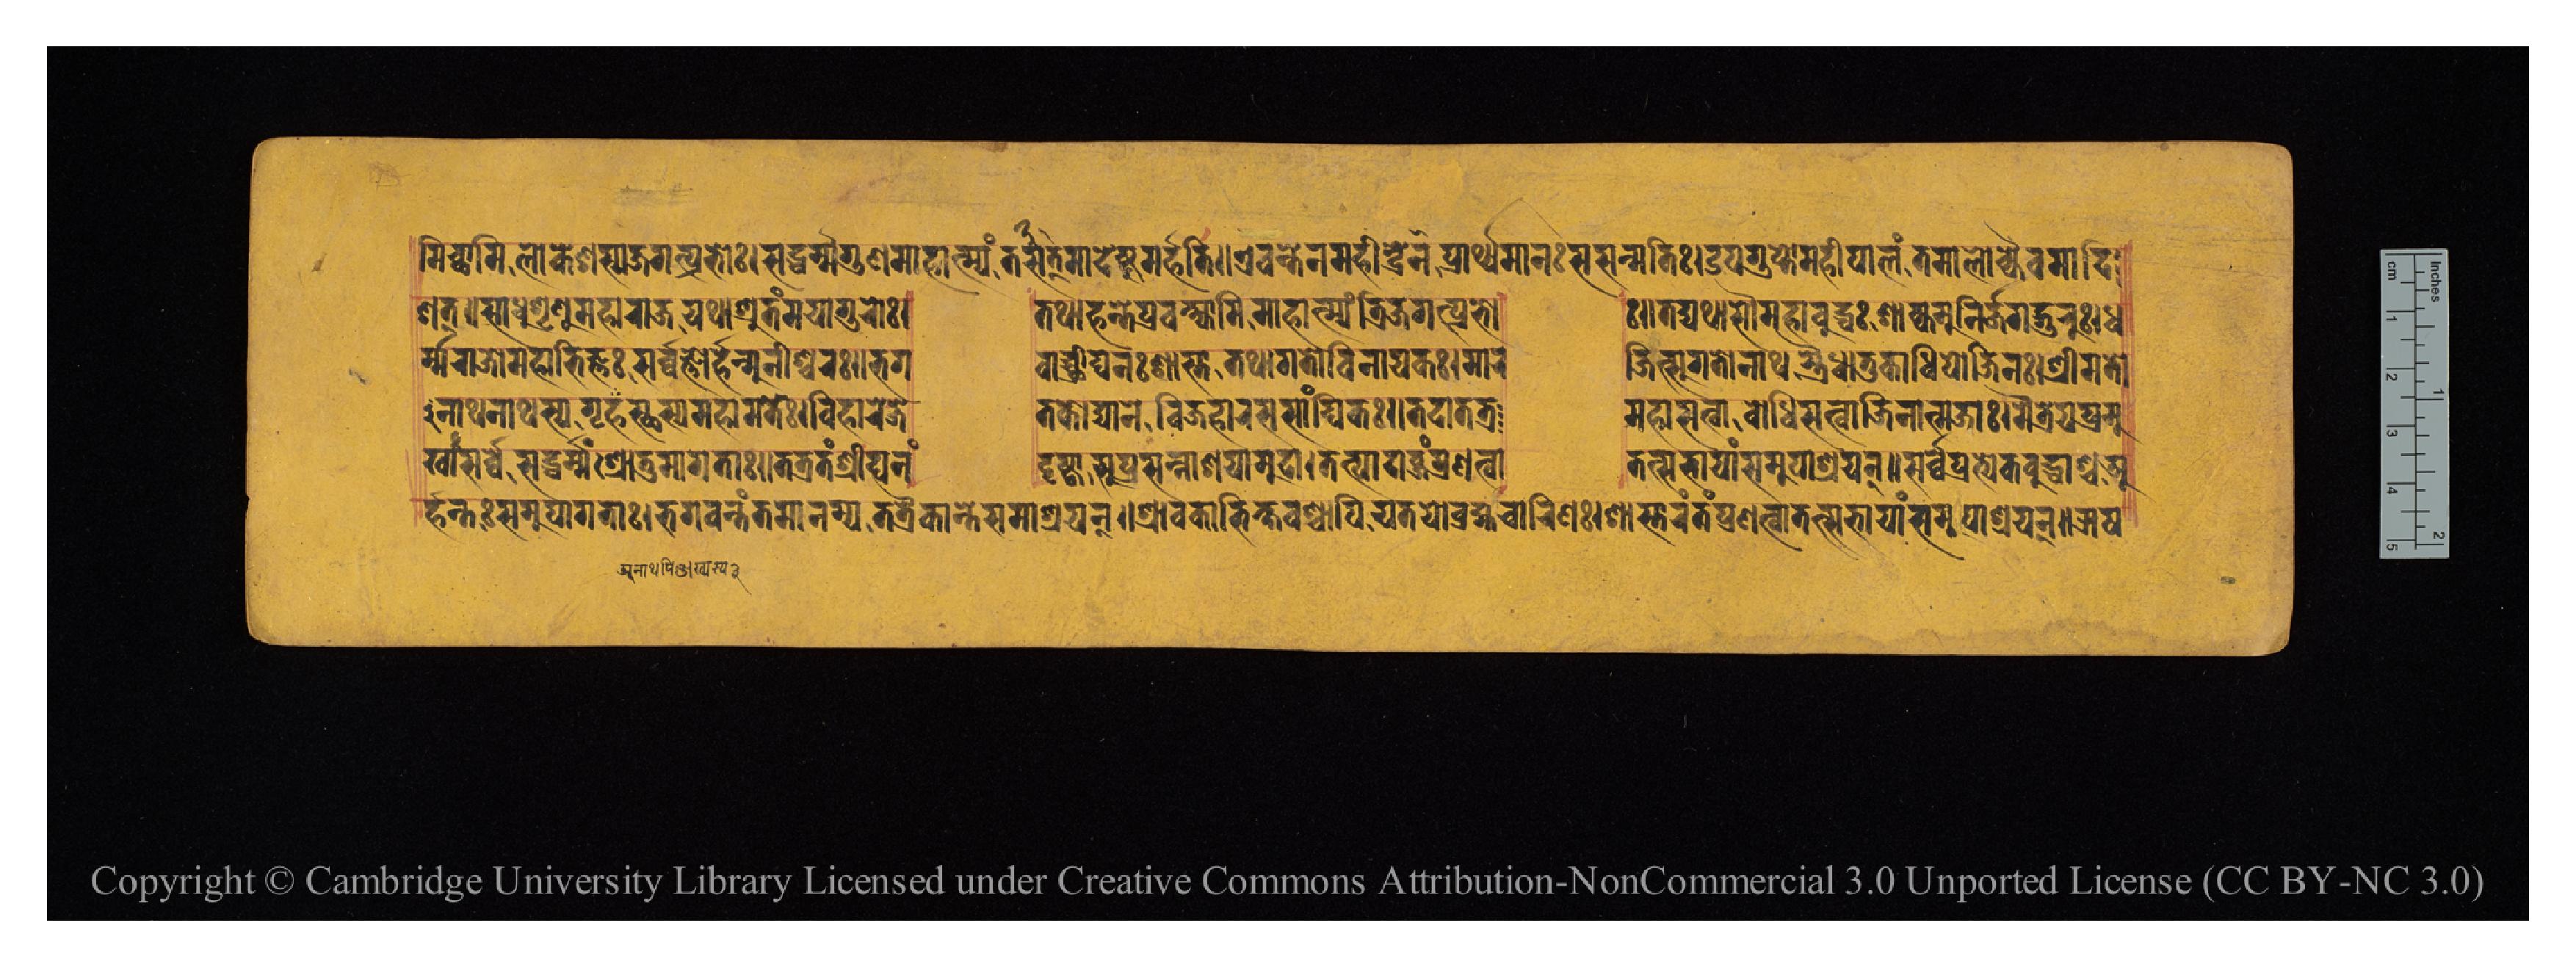
𑐩𑐶𑐔𑑂𑐕𑐵𑐩𑐶𑐮𑑀𑐎𑐾𑐱𑐳𑑂𑐫𑐖𑐐𑐟𑑂𑐥𑑂𑐬𑐨𑑀𑑅𑑋𑐳𑐡𑑂𑐢𑐬𑑂𑐩𑑂𑐩𑐐𑐸𑐞𑐩𑐵𑐴𑐵𑐟𑑂𑐩𑑂𑐫𑑄𑐟𑐟𑑂𑐳𑐩𑐵𑐡𑐾𑐲𑑂𑐟𑐸𑐩𑐬𑑂𑐴𑐟𑐶𑑌𑐊𑐰𑑄𑐟𑐾𑐣𑐩𑐴𑐷𑐣𑑂𑐡𑑂𑐬𑐾𑐞𑐥𑑂𑐬𑐵𑐬𑑂𑐠𑑂𑐫𑐩𑐵𑐣𑑅𑐳𑐳𑐣𑑂𑐩𑐟𑐶𑑅𑑋𑐄𑐥𑐐𑐸𑐥𑑂𑐟𑑀𑐩𑐴𑐷𑐥𑐵𑐮𑑄𑐟𑐩𑐵𑐮𑑀𑐎𑑂𑐫𑐿𑐰𑐩𑐵𑐡𑐶 𑐱𑐟𑑂𑑌𑐳𑐵𑐢𑐸𑐱𑐺𑐞𑐸𑐩𑐴𑐵𑐬𑐵𑐖𑐫𑐠𑐵𑐱𑐺𑐟𑑄𑐩𑐫𑐵𑐐𑐸𑐬𑑀𑑅𑑋  𑐟𑐠𑐵𑐴𑑄𑐟𑐾𑐥𑑂𑐬𑐰𑐎𑑂𑐲𑑂𑐫𑐵𑐩𑐶𑐩𑐵𑐴𑐵𑐟𑑂𑐩𑑂𑐫𑑄𑐟𑑂𑐬𑐶𑐖𑐐𑐥𑑂𑐬𑐨𑑀  𑑅𑑋𑐟𑐡𑑂𑐫𑐠𑐵𑐳𑑁𑐩𑐴𑐵𑐧𑐸𑐡𑑂𑐢𑑅𑐱𑐵𑐎𑑂𑐫𑐩𑐸𑐣𑐶𑐬𑑂𑐖𑐐𑐡𑑂𑐐𑐸𑐬𑐸𑑅𑑋𑐢 𑐬𑑂𑐩𑑂𑐩𑐬𑐵𑐖𑑀𑐩𑐴𑐵𑐨𑐶𑐖𑑂𑐘𑑅𑐳𑐬𑑂𑐰𑑂𑐰𑐖𑑂𑐘𑑀𑐬𑑂𑐴𑐣𑑂𑐩𑐸𑐣𑐷𑐱𑑂𑐰𑐬𑑅𑑌𑐨𑐐  𑐰𑐵𑐘𑑂𑐕𑑂𑐬𑐷𑐑𑐣𑑅𑐱𑐵𑐳𑑂𑐟𑐵𑐟𑐠𑐵𑐐𑐟𑑀𑐰𑐶𑐣𑐵𑐫𑐎𑑅𑑋𑐩𑐵𑐬  𑐖𑐶𑐟𑑂𑐳𑐸𑐐𑐟𑑀𑐣𑐵𑐠𑐫𑐿𑐢𑐵𑐟𑐸𑐎𑐵𑐢𑐶𑐥𑑀𑐖𑐶𑐣𑑅𑑋𑐱𑑂𑐬𑐷𑐩𑐟𑑀 𑐣𑐵𑐠𑐣𑐵𑐠𑐳𑑂𑐫𑐐𑐺𑐴𑐳𑑂𑐠𑐳𑑂𑐫𑐩𑐴𑐵𑐩𑐟𑐾𑑅𑑋𑐰𑐶𑐴𑐵𑐬𑐾𑐖𑐾   𑐟𑐎𑑀𑐢𑑂𑐫𑐵𑐣𑐾𑐰𑐶𑐖𑐴𑐵𑐬𑐳𑐳𑐵𑑄𑐑𑐶𑐎𑑅𑑋𑐟𑐡𑐵𑐟𑐟𑑂𑐬  𑐩𑐴𑐵𑐳𑐟𑑂𑐰𑐵𑐧𑑀𑐢𑐶𑐌𑐳𑐟𑑂𑐰𑐵𑐖𑐶𑐣𑐵𑐟𑑂𑐩𑐖𑐵𑑅𑑋𑐩𑐿𑐟𑑂𑐬𑐾𑐫𑐥𑑂𑐬𑐩𑐸 𑐏𑐵𑐳𑐬𑑂𑐰𑑂𑐰𑐾𑐳𑐡𑑂𑐢𑐬𑑂𑐩𑑂𑐩𑑄𑐱𑑂𑐬𑑀𑐟𑐸𑐩𑐵𑐐𑐟𑐵𑑅𑑋𑐟𑐟𑑂𑐬𑐟𑑄𑐱𑑂𑐬𑐷𑐑𑐣𑑄  𑐡𑐺𑐲𑑂𑐚𑑂𑐰𑐵𑐳𑐸𑐥𑑂𑐬𑐳𑐣𑑂𑐣𑐵𑐱𑐫𑐵𑐩𑐸𑐡𑐵𑑋𑐟𑐟𑑂𑐥𑐵𑐡𑐵𑐧𑑂𑐖𑑄𑐥𑑂𑐬𑐞𑐟𑑂𑐰𑐵  𑐟𑐟𑑂𑐳𑐨𑐵𑐫𑐵𑑄𑐳𑐩𑐸𑐥𑐵𑐱𑑂𑐬𑐫𑐣𑑂𑑌𑐳𑐬𑑂𑐰𑑂𑐰𑐾𑐥𑑂𑐬𑐟𑑂𑐫𑐾𑐎𑐧𑐸𑐡𑑂𑐢𑐵𑐱𑑂𑐔𑐀 𑐬𑑂𑐴𑐣𑑂𑐟𑑅𑐳𑐩𑐸𑐥𑐵𑐐𑐟𑐵𑑅𑑋𑐨𑐐𑐰𑐣𑑂𑐟𑑄𑐟𑐩𑐵𑐣𑐩𑑂𑐫𑐟𑐟𑑂𑐬𑐿𑐎𑐵𑐣𑑂𑐟𑐾𑐳𑐩𑐵𑐱𑑂𑐬𑐫𑐣𑑂𑑌𑐱𑑂𑐬𑐵𑐰𑐎𑐵𑐨𑐶𑐎𑑂𑐲𑐰𑐱𑑂𑐔𑐵𑐥𑐶𑐫𑐟𑐫𑑀𑐧𑑂𑐬𑐴𑑂𑐩𑐔𑐵𑐬𑐶𑐞𑑅𑑋𑐱𑐵𑐳𑑂𑐟𑐵𑐬𑑄𑐟𑑄𑐥𑑂𑐬𑐞𑐟𑑂𑐰𑐵𑐟𑐟𑑂𑐳𑐨𑐵𑐫𑐵𑑄𑐳𑐩𑐸𑐥𑐵𑐱𑑂𑐬𑐫𑐣𑑂𑑌𑐆𑐲